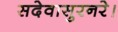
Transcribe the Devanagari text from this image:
सदेवासुरनरे।